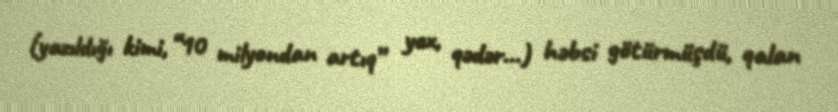
(yazıldığı kimi, “10 milyondan artıq” yox, qədər...) həbsi götürmüşdü, qalan